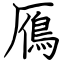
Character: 鴈